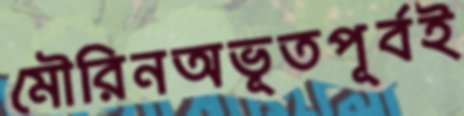
মৌরিনঅভূতপূর্বই